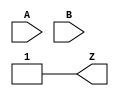
module NAND_Delay(
    input A,
    input B,
    output reg Z
);

// Delay parameter
parameter DELAY = 10;

// Internal signal for delay
reg [DELAY-1:0] delay_signal;

// NAND gate with delay
always @(*) begin
    delay_signal = A & B;
    Z = ~delay_signal[DELAY-1];
end

endmodule